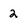
Character: 2